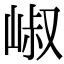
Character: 𡹧